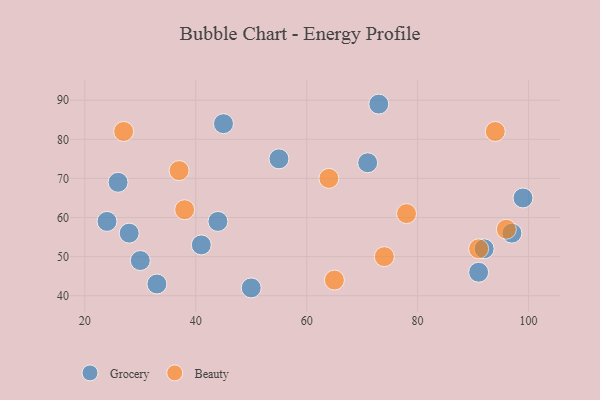
{"axis": {"x": "GDP", "y": "Life Expectancy"}, "legend": ["Beauty", "Grocery"], "data": [{"x": "73", "y": 89, "type": "Grocery"}, {"x": "24", "y": 59, "type": "Grocery"}, {"x": "71", "y": 74, "type": "Grocery"}, {"x": "91", "y": 46, "type": "Grocery"}, {"x": "28", "y": 56, "type": "Grocery"}, {"x": "97", "y": 56, "type": "Grocery"}, {"x": "44", "y": 59, "type": "Grocery"}, {"x": "99", "y": 65, "type": "Grocery"}, {"x": "30", "y": 49, "type": "Grocery"}, {"x": "55", "y": 75, "type": "Grocery"}, {"x": "41", "y": 53, "type": "Grocery"}, {"x": "45", "y": 84, "type": "Grocery"}, {"x": "26", "y": 69, "type": "Grocery"}, {"x": "33", "y": 43, "type": "Grocery"}, {"x": "92", "y": 52, "type": "Grocery"}, {"x": "50", "y": 42, "type": "Grocery"}, {"x": "96", "y": 57, "type": "Beauty"}, {"x": "27", "y": 82, "type": "Beauty"}, {"x": "74", "y": 50, "type": "Beauty"}, {"x": "65", "y": 44, "type": "Beauty"}, {"x": "38", "y": 62, "type": "Beauty"}, {"x": "78", "y": 61, "type": "Beauty"}, {"x": "64", "y": 70, "type": "Beauty"}, {"x": "94", "y": 82, "type": "Beauty"}, {"x": "91", "y": 52, "type": "Beauty"}, {"x": "37", "y": 72, "type": "Beauty"}]}